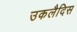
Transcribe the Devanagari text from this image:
उकलैदिस